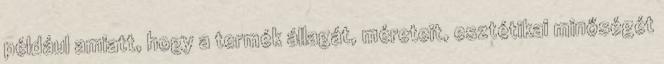
például amiatt, hogy a termék állagát, méreteit, esztétikai minőségét